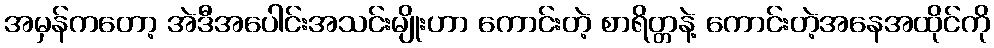
အမှန်ကတော့ အဲဒီအပေါင်းအသင်းမျိုးဟာ ကောင်းတဲ့ စာရိတ္တနဲ့ ကောင်းတဲ့အနေအထိုင်ကို